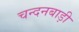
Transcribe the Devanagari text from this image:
चन्दनबाड़ी